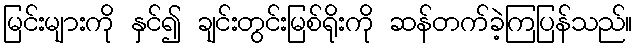
မြင်းများကို နှင်၍ ချင်းတွင်းမြစ်ရိုးကို ဆန်တက်ခဲ့ကြပြန်သည်။